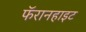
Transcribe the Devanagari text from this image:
फॅरानहाइट